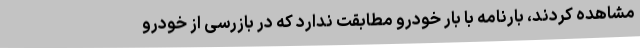
مشاهده کردند، بارنامه با بار خودرو مطابقت ندارد که در بازرسی از خودرو